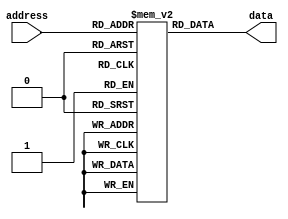
module Memory(address, data);
	input wire [6:0] address;
	output wire [63:0] data;
	reg [63:0] memory [0:127];
	assign data = memory[address];
	integer i;
	initial begin
		for (i = 0; i < 128; i = i + 1)
			memory[i] = {32'b0, i};
	end
endmodule